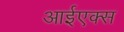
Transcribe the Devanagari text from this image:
आईएक्स